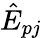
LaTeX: \hat{E}_{pj}